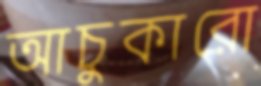
আচুকারো